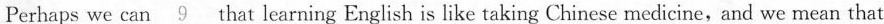
Perhaps we can \underline{9} that learning English is like taking Chinese medicine,and we mean that